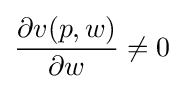
{\frac {\partial v(p,w)}{\partial w}}\neq 0